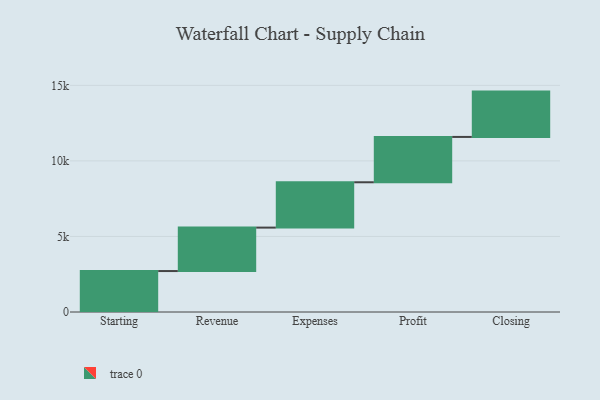
{"axis": {"x": "Step", "y": "Value"}, "legend": [""], "data": [{"x": "Starting", "y": 2710.0, "type": ""}, {"x": "Revenue", "y": 2875.0, "type": ""}, {"x": "Expenses", "y": 3000, "type": ""}, {"x": "Profit", "y": 3000, "type": ""}, {"x": "Closing", "y": 3000, "type": ""}]}